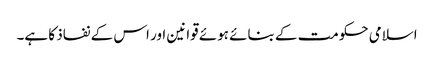
اسلامی حکومت کے بنائے ہوئے قوانین اور اس کے نفاذ کا ہے۔